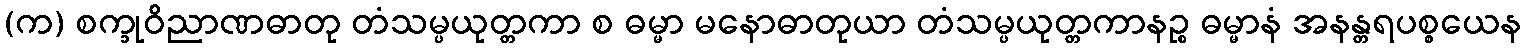
(က) စက္ခုဝိညာဏဓာတု တံသမ္ပယုတ္တကာ စ ဓမ္မာ မနောဓာတုယာ တံသမ္ပယုတ္တကာနဉ္စ ဓမ္မာနံ အနန္တရပစ္စယေန